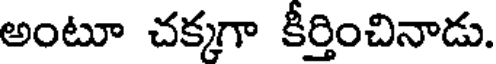
అంటూ చక్కగా కీర్తించినాడు.